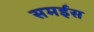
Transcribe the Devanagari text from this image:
समईस